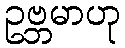
ဥဗ္ဘမာဟု